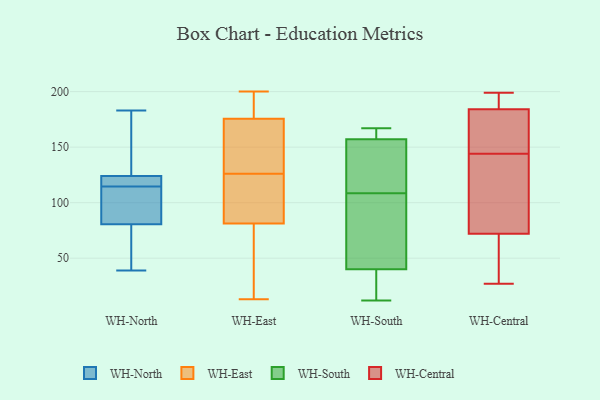
{"axis": {"x": "Waste Production (Tons)", "y": "Value"}, "legend": ["WH-Central", "WH-East", "WH-North", "WH-South"], "data": [{"x": "", "y": 113, "type": "WH-North"}, {"x": "", "y": 115, "type": "WH-North"}, {"x": "", "y": 171, "type": "WH-North"}, {"x": "", "y": 119, "type": "WH-North"}, {"x": "", "y": 72, "type": "WH-North"}, {"x": "", "y": 48, "type": "WH-North"}, {"x": "", "y": 89, "type": "WH-North"}, {"x": "", "y": 121, "type": "WH-North"}, {"x": "", "y": 123, "type": "WH-North"}, {"x": "", "y": 140, "type": "WH-North"}, {"x": "", "y": 114, "type": "WH-North"}, {"x": "", "y": 183, "type": "WH-North"}, {"x": "", "y": 135, "type": "WH-North"}, {"x": "", "y": 108, "type": "WH-North"}, {"x": "", "y": 120, "type": "WH-North"}, {"x": "", "y": 39, "type": "WH-North"}, {"x": "", "y": 104, "type": "WH-North"}, {"x": "", "y": 125, "type": "WH-North"}, {"x": "", "y": 48, "type": "WH-North"}, {"x": "", "y": 68, "type": "WH-North"}, {"x": "", "y": 25, "type": "WH-East"}, {"x": "", "y": 200, "type": "WH-East"}, {"x": "", "y": 196, "type": "WH-East"}, {"x": "", "y": 34, "type": "WH-East"}, {"x": "", "y": 126, "type": "WH-East"}, {"x": "", "y": 98, "type": "WH-East"}, {"x": "", "y": 13, "type": "WH-East"}, {"x": "", "y": 192, "type": "WH-East"}, {"x": "", "y": 128, "type": "WH-East"}, {"x": "", "y": 126, "type": "WH-East"}, {"x": "", "y": 128, "type": "WH-East"}, {"x": "", "y": 97, "type": "WH-East"}, {"x": "", "y": 170, "type": "WH-East"}, {"x": "", "y": 61, "type": "WH-South"}, {"x": "", "y": 134, "type": "WH-South"}, {"x": "", "y": 12, "type": "WH-South"}, {"x": "", "y": 13, "type": "WH-South"}, {"x": "", "y": 144, "type": "WH-South"}, {"x": "", "y": 95, "type": "WH-South"}, {"x": "", "y": 30, "type": "WH-South"}, {"x": "", "y": 40, "type": "WH-South"}, {"x": "", "y": 80, "type": "WH-South"}, {"x": "", "y": 163, "type": "WH-South"}, {"x": "", "y": 157, "type": "WH-South"}, {"x": "", "y": 167, "type": "WH-South"}, {"x": "", "y": 157, "type": "WH-South"}, {"x": "", "y": 122, "type": "WH-South"}, {"x": "", "y": 145, "type": "WH-Central"}, {"x": "", "y": 184, "type": "WH-Central"}, {"x": "", "y": 188, "type": "WH-Central"}, {"x": "", "y": 199, "type": "WH-Central"}, {"x": "", "y": 143, "type": "WH-Central"}, {"x": "", "y": 166, "type": "WH-Central"}, {"x": "", "y": 52, "type": "WH-Central"}, {"x": "", "y": 27, "type": "WH-Central"}, {"x": "", "y": 104, "type": "WH-Central"}, {"x": "", "y": 72, "type": "WH-Central"}]}